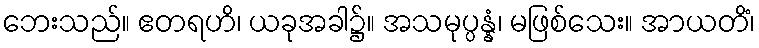
ဘေးသည်။ ဧတရဟိ၊ ယခုအခါ၌။ အသမုပ္ပန္နံ၊ မဖြစ်သေး။ အာယတိံ၊